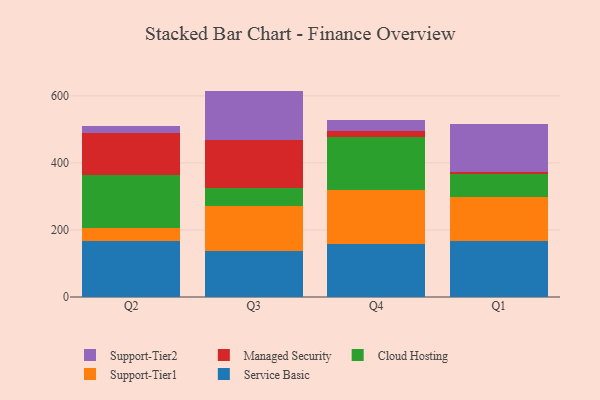
{"axis": {"x": "Quarter", "y": "Active Users"}, "legend": ["Cloud Hosting", "Managed Security", "Service Basic", "Support-Tier1", "Support-Tier2"], "data": [{"x": "Q2", "y": 166.9, "type": "Service Basic"}, {"x": "Q2", "y": 40.3, "type": "Support-Tier1"}, {"x": "Q2", "y": 156.2, "type": "Cloud Hosting"}, {"x": "Q2", "y": 124.3, "type": "Managed Security"}, {"x": "Q2", "y": 21.2, "type": "Support-Tier2"}, {"x": "Q3", "y": 136.1, "type": "Service Basic"}, {"x": "Q3", "y": 134.8, "type": "Support-Tier1"}, {"x": "Q3", "y": 55.3, "type": "Cloud Hosting"}, {"x": "Q3", "y": 140.6, "type": "Managed Security"}, {"x": "Q3", "y": 148.0, "type": "Support-Tier2"}, {"x": "Q4", "y": 157.7, "type": "Service Basic"}, {"x": "Q4", "y": 162.9, "type": "Support-Tier1"}, {"x": "Q4", "y": 157.2, "type": "Cloud Hosting"}, {"x": "Q4", "y": 17.9, "type": "Managed Security"}, {"x": "Q4", "y": 33.2, "type": "Support-Tier2"}, {"x": "Q1", "y": 168.2, "type": "Service Basic"}, {"x": "Q1", "y": 128.8, "type": "Support-Tier1"}, {"x": "Q1", "y": 68.4, "type": "Cloud Hosting"}, {"x": "Q1", "y": 7.2, "type": "Managed Security"}, {"x": "Q1", "y": 142.7, "type": "Support-Tier2"}]}